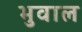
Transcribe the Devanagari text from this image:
भुवाल